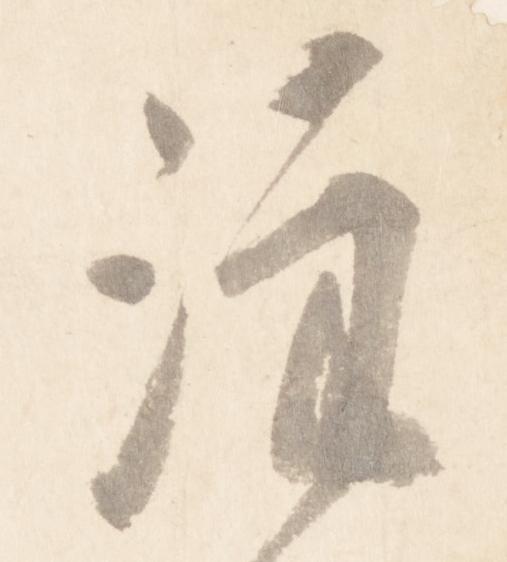
注